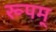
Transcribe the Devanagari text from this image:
रूपम्